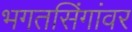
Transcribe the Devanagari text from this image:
भगतसिंगांवर